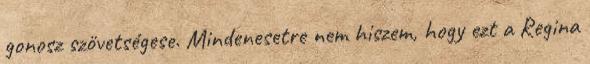
gonosz szövetségese. Mindenesetre nem hiszem, hogy ezt a Regina